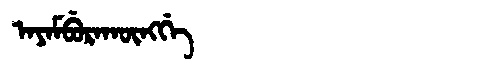
Manchu: ᠠᠶᠠᠮᠪᡠᡵᠠᡴᡡᠩᡤᡝ
Romanization: AYAMBURAKŪNGGE